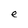
Character: e